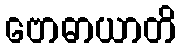
ဗောဓာယာတိ